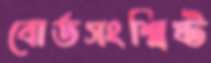
বোর্ডসংশ্লিষ্ট